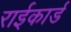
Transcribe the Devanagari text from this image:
राईकार्ड